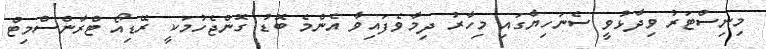
މިނިސްޓަރު ވިދާޅުވީ ސެނަހިޔާގައި މިހާރު ދިމާވެފައިވާ އެންމެ ބޮޑު ގޮންޖެހުމަކީ ރޭޑިއޯ ޓްރާންސްމިޓް